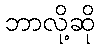
ဘာလို့ဆို